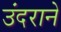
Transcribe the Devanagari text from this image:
उंदराने